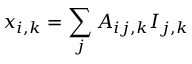
x _ { i , k } = \sum _ { j } A _ { i j , k } I _ { j , k }